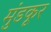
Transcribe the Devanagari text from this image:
मुंडकूर